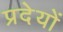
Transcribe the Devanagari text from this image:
प्रदेयों